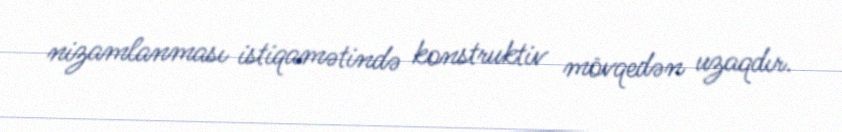
nizamlanması istiqamətində konstruktiv mövqedən uzaqdır.